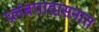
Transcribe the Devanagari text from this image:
प्रलंबपादासनात